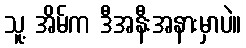
သူ့ အိမ်က ဒီအနီးအနားမှာပဲ။